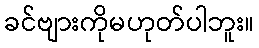
ခင်ဗျားကိုမဟုတ်ပါဘူး။